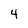
Character: 4